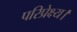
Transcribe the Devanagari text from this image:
परिप्रेक्ष्य।